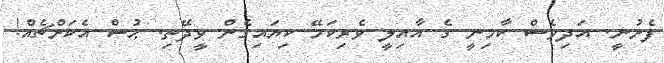
ފެށުނީ. އަދިވެސް ކާމިނީ ގެ އާއިލީ ވެރިކަމޭ ކިޔައިގެން ވީދޭތި. ޙުސް އެކަށްޗެއް!